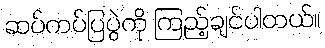
ဆပ်ကပ်ပြပွဲကို ကြည့်ချင်ပါတယ်။